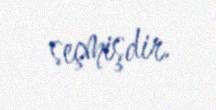
seçmişdir.